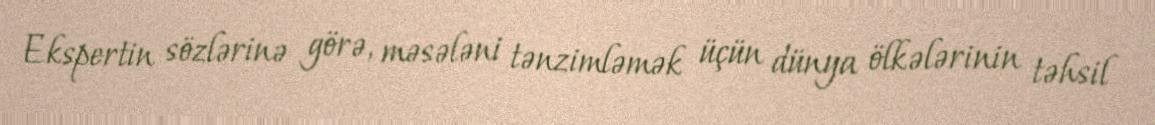
Ekspertin sözlərinə görə, məsələni tənzimləmək üçün dünya ölkələrinin təhsil